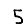
Digit: 5